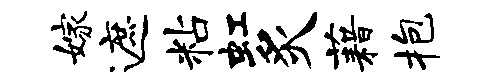
嫁遮粘虹炙藉抱